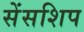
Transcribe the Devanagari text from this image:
सेंसशिप